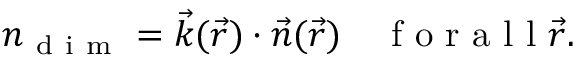
n _ { \mathrm { ~ d ~ i ~ m ~ } } = \vec { k } ( \vec { r } ) \cdot \vec { n } ( \vec { r } ) \enspace \enspace \mathrm { ~ f ~ o ~ r ~ a ~ l ~ l ~ } \vec { r } .